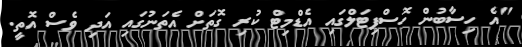
"އެ ހިސާބުން ހޮސްޕިޓަލްގައި އެޑްމިޓް ކުރި ގޮތަށް އެތަނުގައި އަދި ވެސް އޮތީ.